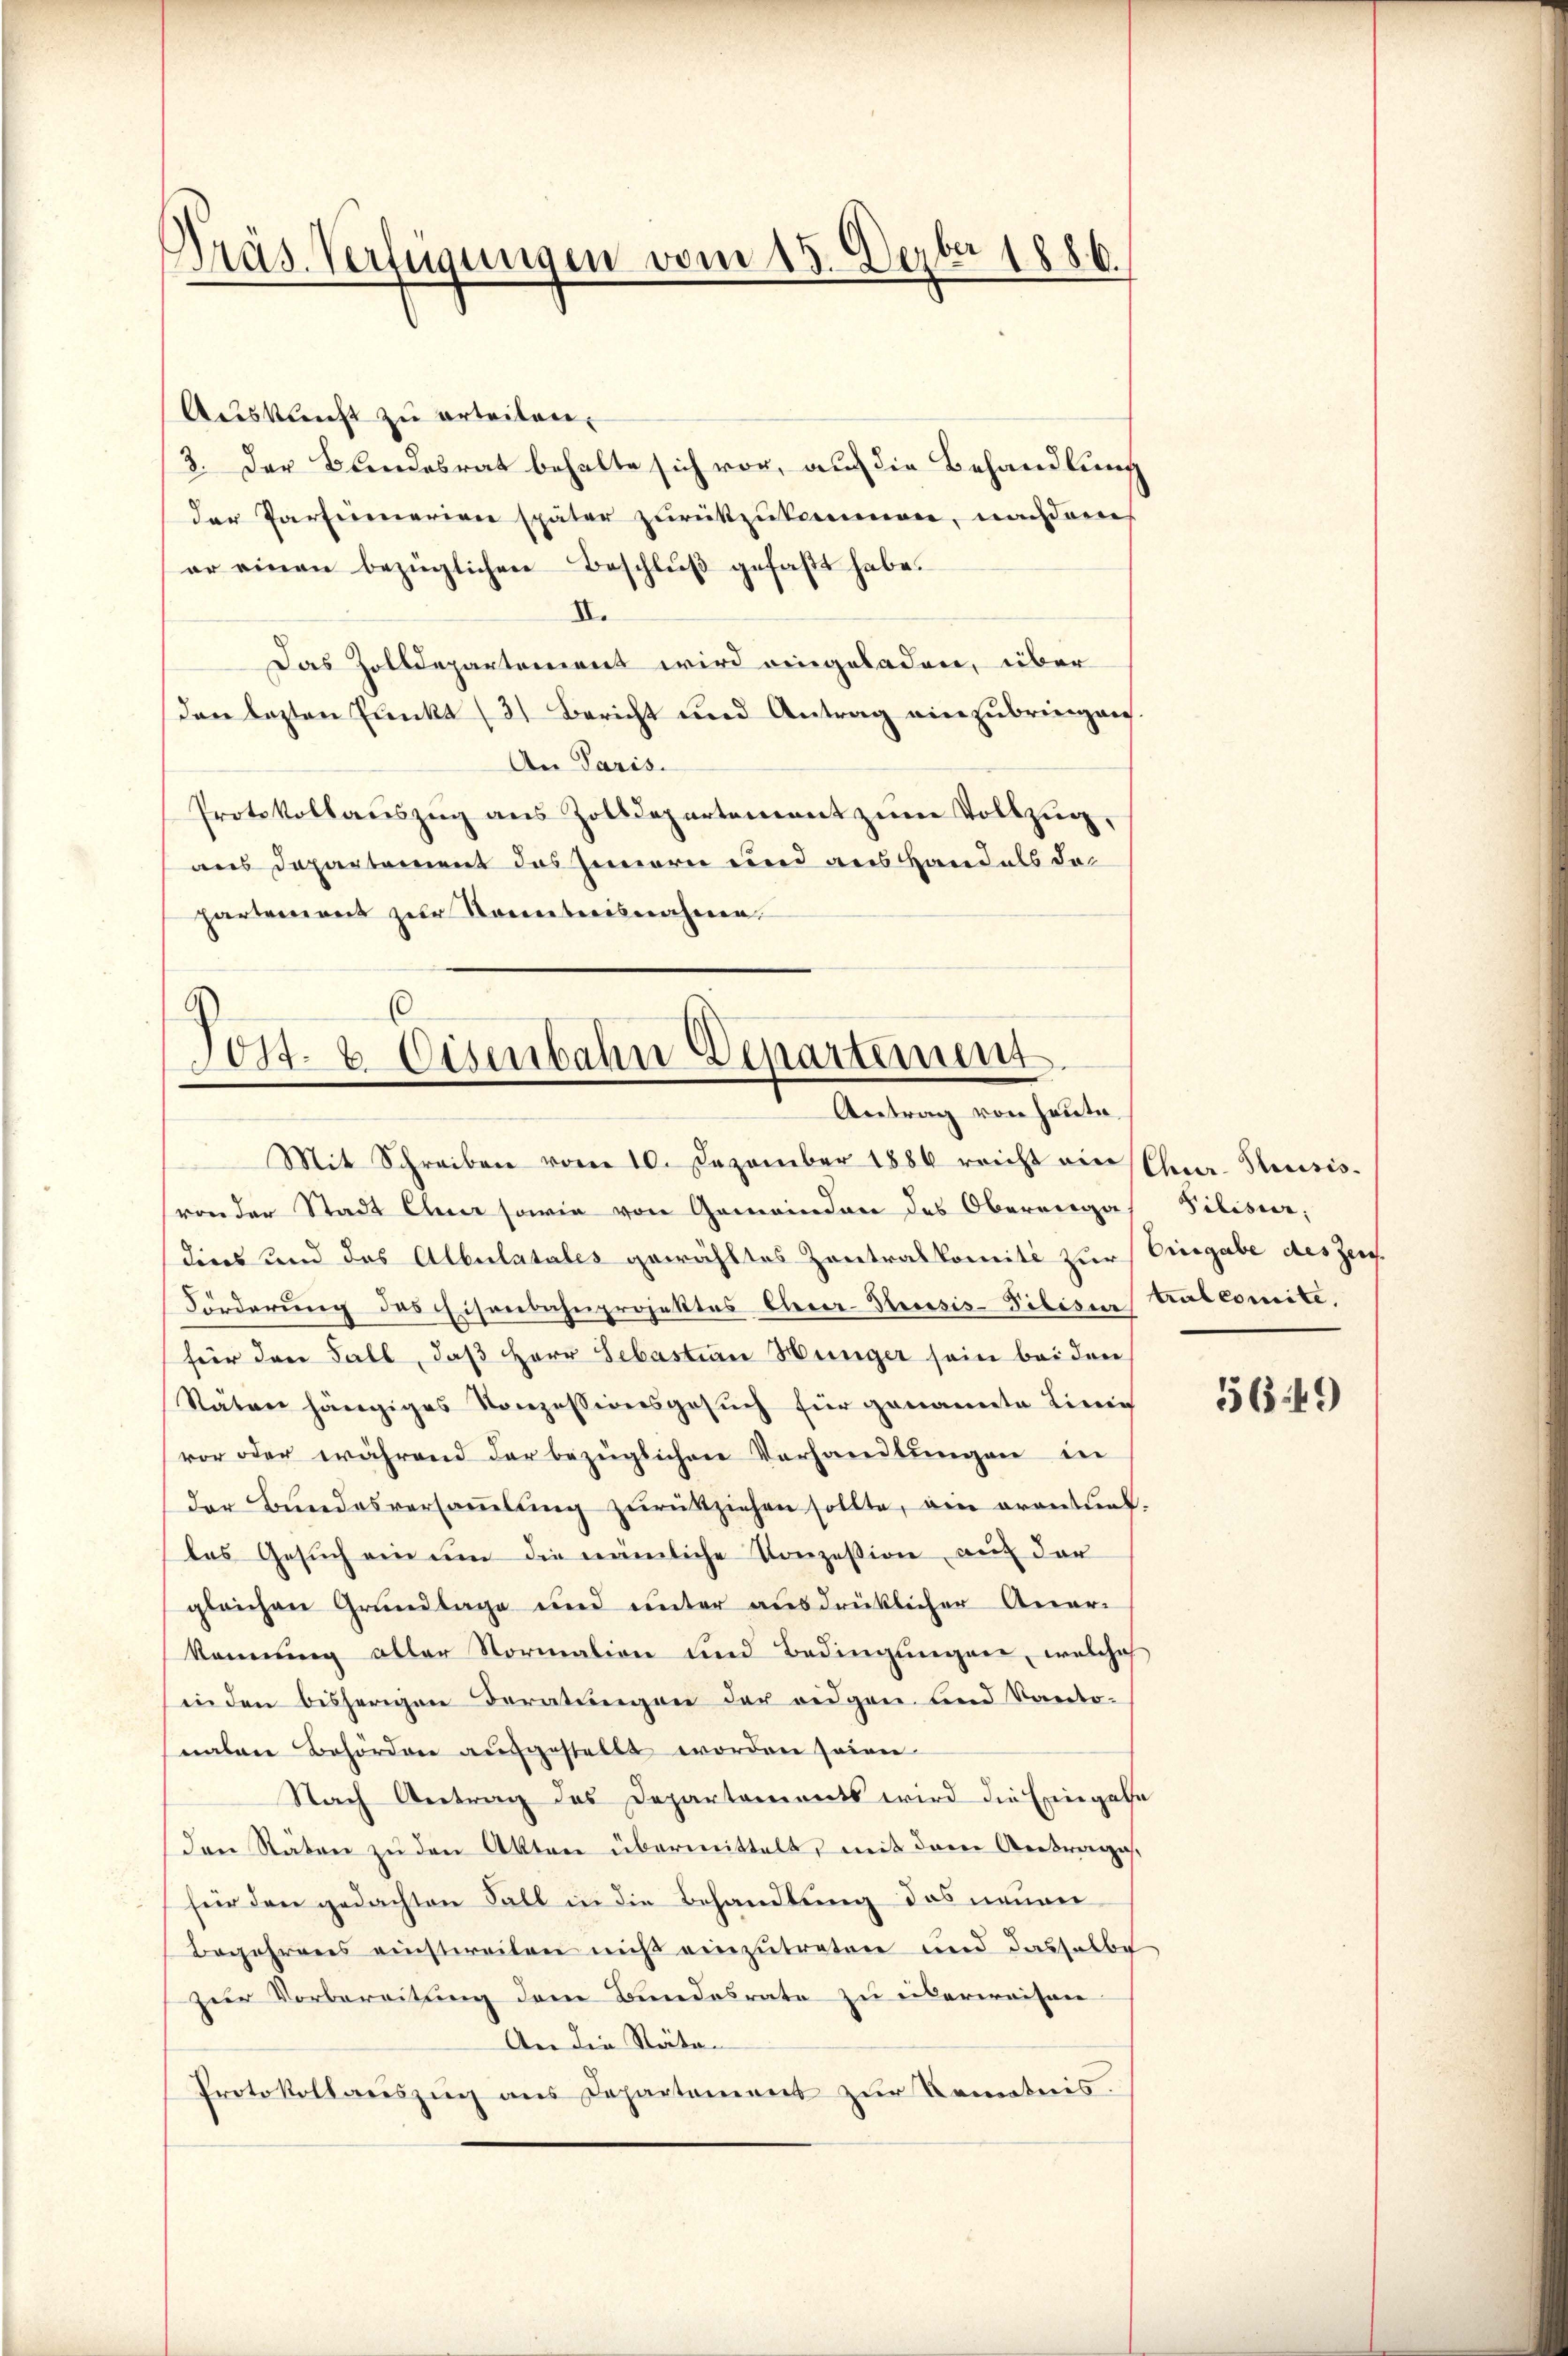
Präs. Verfügungen vom 15. Dezbr 1886

Auskunft zu erteilen.
3. Der Bundesrat behalte sich vor, auf die Behandlung
der Partinerien später zurückzukommen, nachdem
er einen bezüglichen Beschluß gefaßt habe.
II.
Das Zolldepartement wird eingeladen, über
den lezten Punkt (3) Bericht und Antrag einzubringen
An Paris.
Protokollauszug aus Zolldepartement zum Vollzug,
aus Departement das Innern und aus Hand als das
hartement zur Kenntnisnahme.

6
Post- & Eisenbahn Departement
Antrag von heute.

Mit Schreiben vom 10. Dezember 1886 reicht ein Chur-Pensis.
von der Stadt Euer sowie von Gemeinden des Obereiga
dies und das Albulatales gewähltes Zentralkomite zur Eingabe des Zei
Förderung des Eisenbahnprojektes Eherer-Strassis-Pibisi tralcomite.
für den Fall, daß Herr Sebastian Hünger sein bei den
Stäten hängiges Konzessionsgesuch für genannte Linie
vor oder während der bezüglichen Verhandlungen in
der Bŭndesversaṁlŭng zŭrückziehen sollte, ein orantiel.
das Gesŭch ein um die nämliche Konzession auf der
gleichen Grundlage und unter ausdrüklicher Anerkennung aller Normation und Bedingungen, welches
in den bisherigen Beratungen der eidgen. und Kantonalen Behördere aufgestellt worden seien
Nach Antrag des Departements wird die Exiegate
den Stäten zu den Akten übermittelt, mit dem Antrage,
für den gedachten Fall in die Behandlung des neuen
Begehreres einstweilen nicht einzutreten und dasselbe
zur Vorbereitung dem Bundesrate zu überweisen
An die Räten
Protokollauszug aus Departement zur Kenntnis.

Pilisir

5649